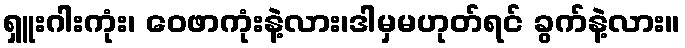
ရှူးဂါးကုံး၊ ဝေဖာကုံးနဲ့လား၊ဒါမှမဟုတ်ရင် ခွက်နဲ့လား။